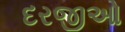
દરજીઓ